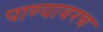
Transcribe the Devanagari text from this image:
पाण्यावरच